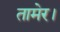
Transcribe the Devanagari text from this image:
तामेर।